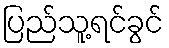
ပြည်သူ့ရင်ခွင်